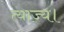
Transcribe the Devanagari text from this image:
त्याज्य।